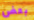
بعض